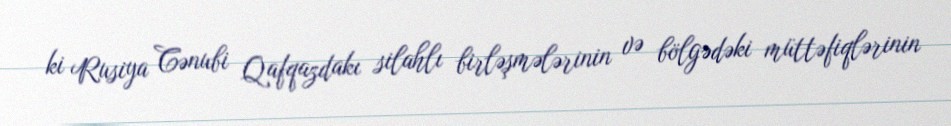
ki Rusiya Cənubi Qafqazdakı silahlı birləşmələrinin və bölgədəki müttəfiqlərinin